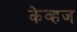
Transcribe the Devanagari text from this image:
केव्हज